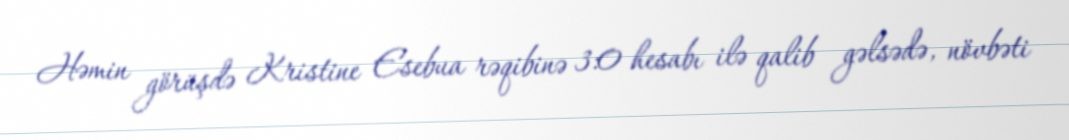
Həmin görüşdə Kristine Esebua rəqibinə 3:0 hesabı ilə qalib gəlsədə, növbəti